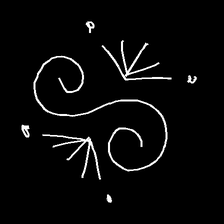
Glyph: aeroform